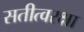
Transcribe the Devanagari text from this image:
सतीत्वरक्षा